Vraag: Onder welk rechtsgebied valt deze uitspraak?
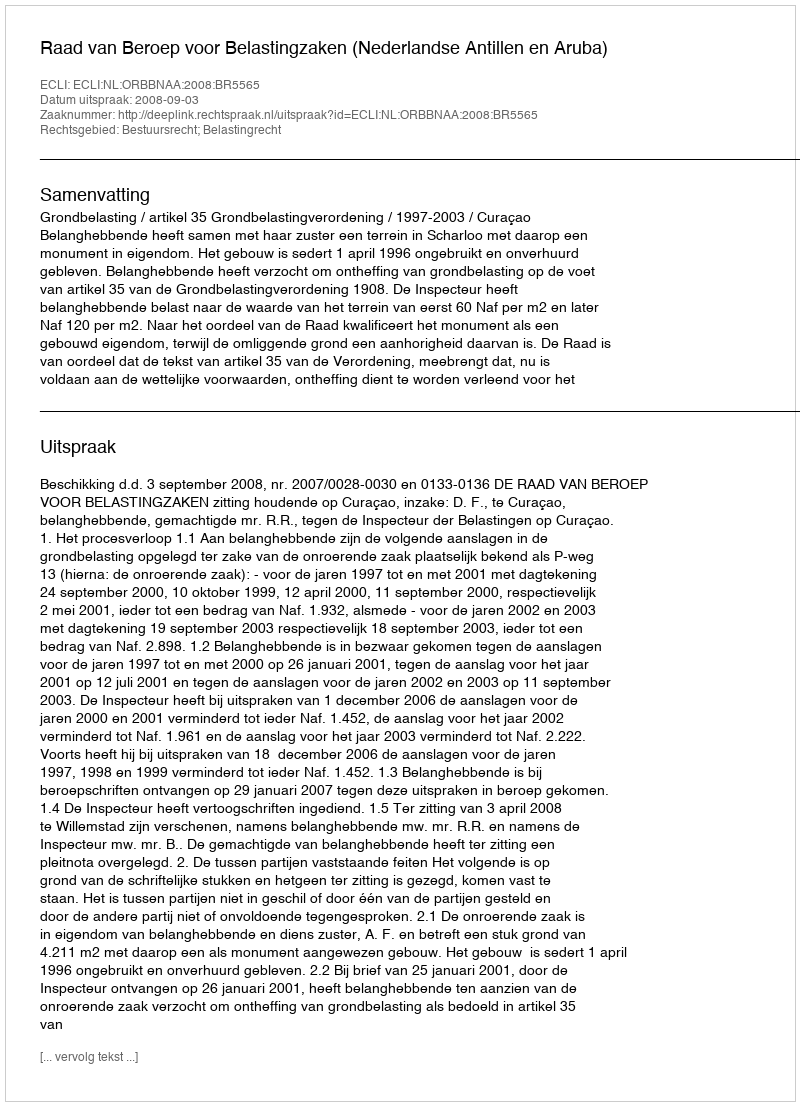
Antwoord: Bestuursrecht; Belastingrecht